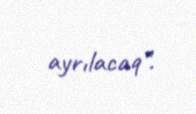
ayrılacaq”.